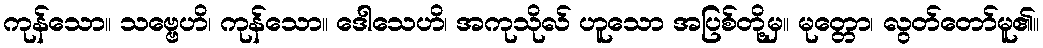
ကုန်သော။ သဗ္ဗေဟိ၊ ကုန်သော။ ဒေါသေဟိ၊ အကုသိုလ် ဟူသော အပြစ်တို့မှ။ မုတ္တော၊ လွတ်တော်မူ၏။